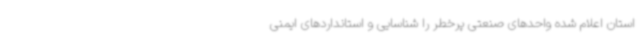
استان اعلام شده واحدهای صنعتی پرخطر را شناسایی و استانداردهای ایمنی